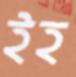
ইহ